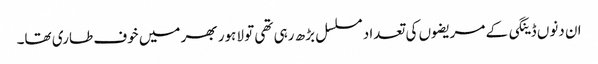
ان دنوں ڈینگی کے مریضوں کی تعداد مسلسل بڑھ رہی تھی تو لاہور بھر میں خوف طاری تھا۔